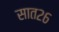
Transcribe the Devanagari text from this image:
सात२६